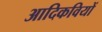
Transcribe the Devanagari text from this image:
आदिकवियों